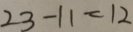
2 3 - 1 1 = 1 2